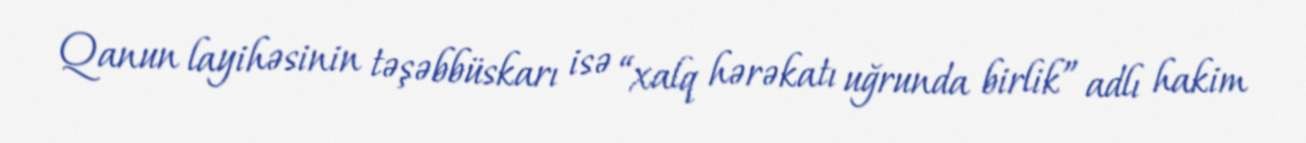
Qanun layihəsinin təşəbbüskarı isə “xalq hərəkatı uğrunda birlik” adlı hakim